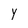
Character: Y